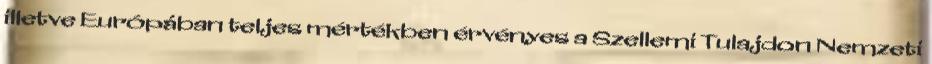
illetve Európában teljes mértékben érvényes a Szellemi Tulajdon Nemzeti